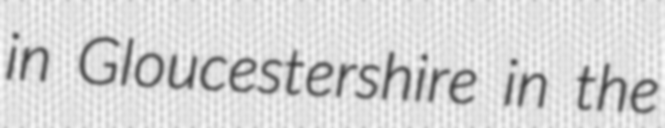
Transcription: in Gloucestershire in the